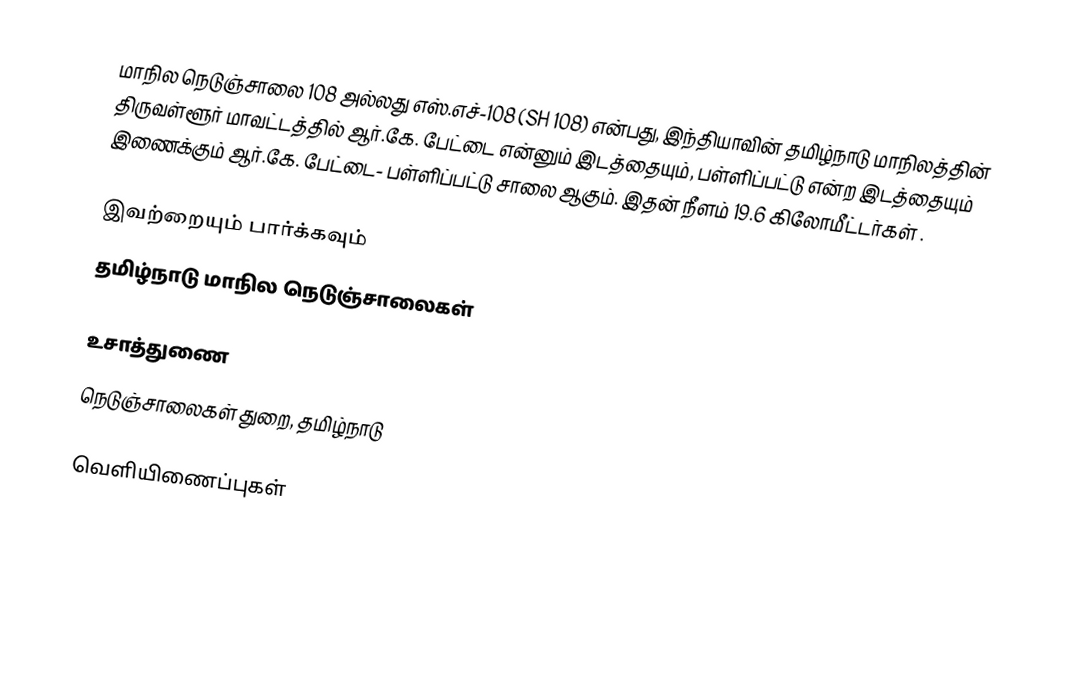
மாநில நெடுஞ்சாலை 108 அல்லது எஸ்.எச்-108 (SH 108) என்பது, இந்தியாவின் தமிழ்நாடு மாநிலத்தின் திருவள்ளூர் மாவட்டத்தில் ஆர்.கே. பேட்டை என்னும் இடத்தையும், பள்ளிப்பட்டு என்ற இடத்தையும் இணைக்கும் ஆர்.கே. பேட்டை- பள்ளிப்பட்டு சாலை ஆகும். இதன் நீளம் 19.6  கிலோமீட்டர்கள் .

இவற்றையும் பார்க்கவும்
 தமிழ்நாடு மாநில நெடுஞ்சாலைகள்

உசாத்துணை
 நெடுஞ்சாலைகள் துறை, தமிழ்நாடு

வெளியிணைப்புகள்